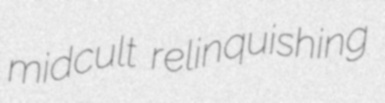
midcult relinquishing